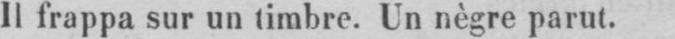
Il frappa sur un timbre. Un nègre parut.